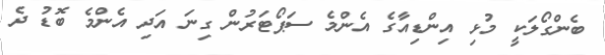
ބެންގޯލަކީ މުޅި އިންޑިއާގެ އެންމެ ސަޕޯޓަރުން ގިނަ އަދި އެންމެ ބޮޑު ދެ